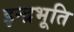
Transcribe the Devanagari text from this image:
इन्द्रभूति